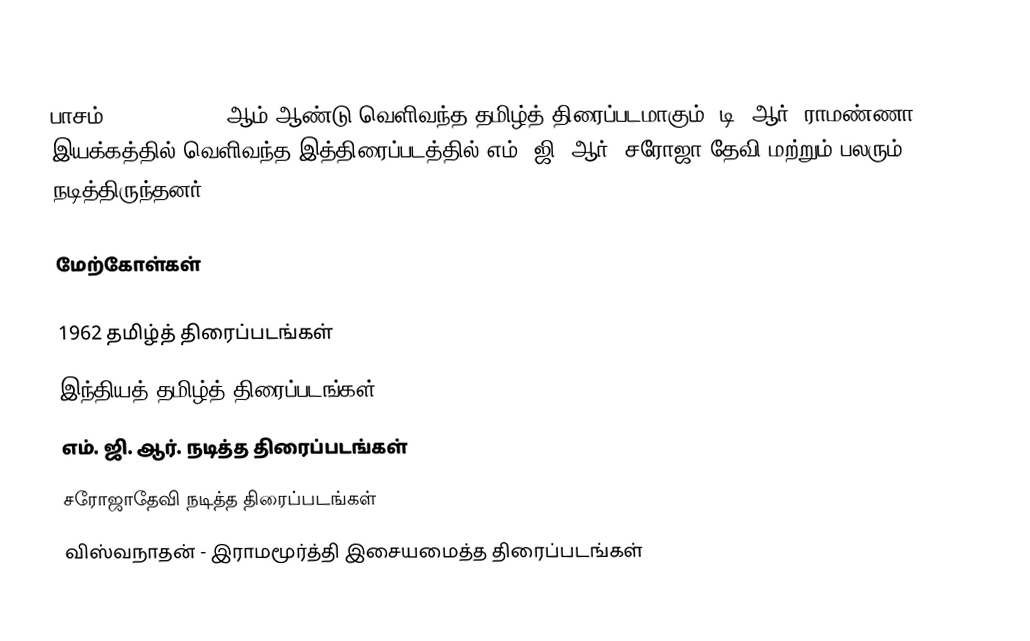
பாசம் (Paasam) 1962 ஆம் ஆண்டு வெளிவந்த தமிழ்த் திரைப்படமாகும். டி. ஆர். ராமண்ணா இயக்கத்தில் வெளிவந்த இத்திரைப்படத்தில் எம். ஜி. ஆர், சரோஜா தேவி மற்றும் பலரும் நடித்திருந்தனர்.

மேற்கோள்கள்

1962 தமிழ்த் திரைப்படங்கள்
இந்தியத் தமிழ்த் திரைப்படங்கள்
எம். ஜி. ஆர். நடித்த திரைப்படங்கள்
சரோஜாதேவி நடித்த திரைப்படங்கள்
விஸ்வநாதன் - இராமமூர்த்தி இசையமைத்த திரைப்படங்கள்